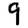
Digit: 9